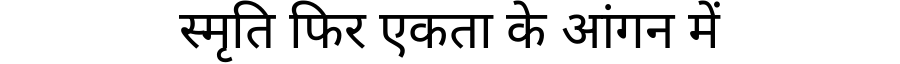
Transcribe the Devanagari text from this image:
स्मृति फिर एकता के आंगन में